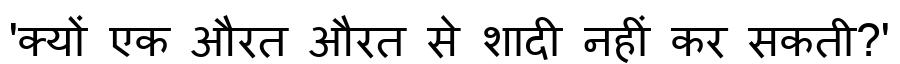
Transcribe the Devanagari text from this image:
'क्यों एक औरत औरत से शादी नहीं कर सकती?'